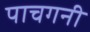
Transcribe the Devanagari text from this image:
पाचगनी